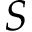
S